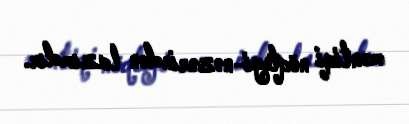
məntiqi nöqteyi-nəzərindən lazımdır.